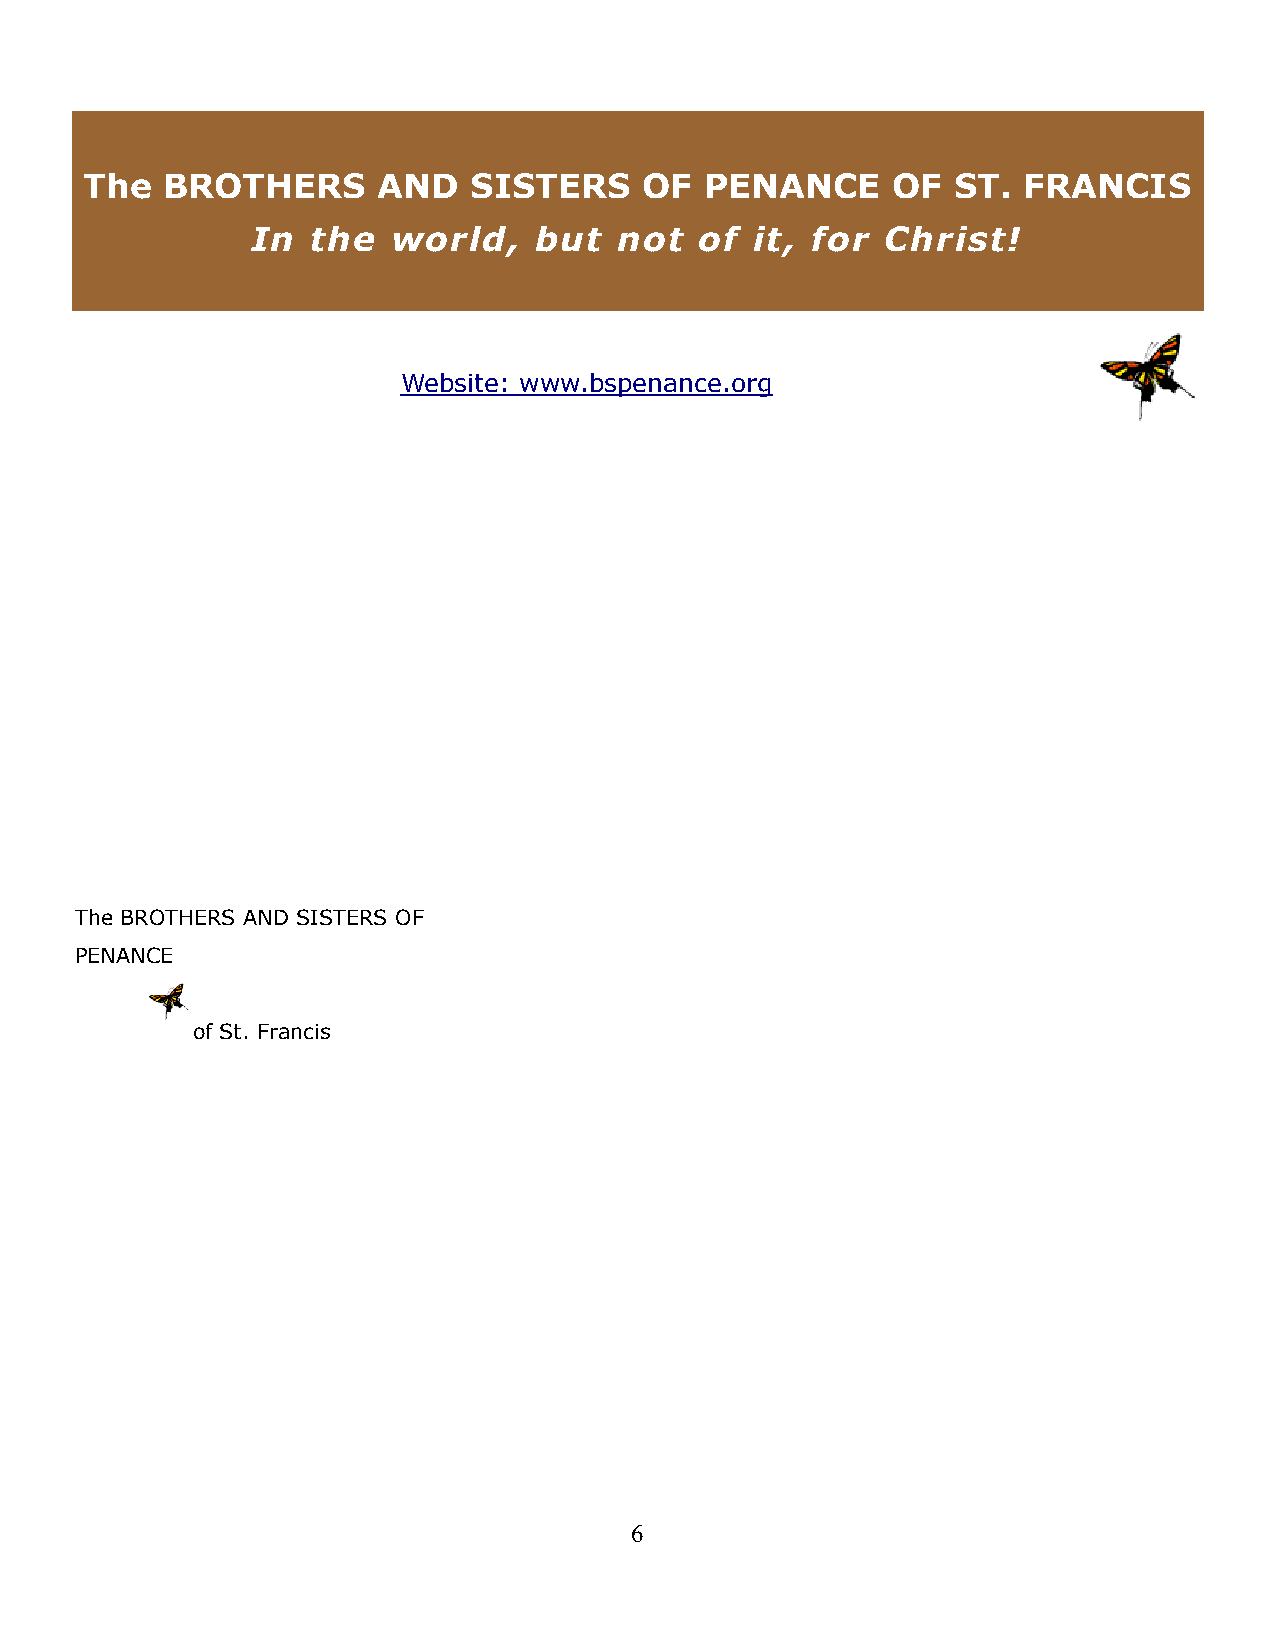
The  BROTHERS      AND   SISTERS     OF  PENANCE     OF  ST.  FRANCIS
 In  the  world,   but   not  of  it, for  Christ!
 Website: www.bspenance.org
 The BROTHERS AND SISTERS OF
 PENANCE
 of St. Francis
 6